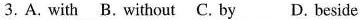
3.A. with B. without C. by D. beside